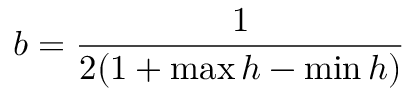
b = \frac { 1 } { 2 ( 1 + \operatorname* { m a x } h - \operatorname* { m i n } h ) }